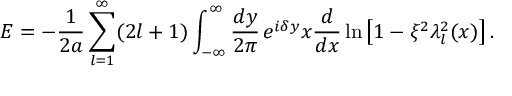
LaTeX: E = - \frac 1 { 2 a } \sum _ { l = 1 } ^ { \infty } ( 2 l + 1 ) \int _ { - \infty } ^ { \infty } \frac { d y } { 2 \pi } \, e ^ { i \delta y } x \frac d { d x } \ln \left[ 1 - \xi ^ { 2 } \lambda _ { l } ^ { 2 } ( x ) \right] .